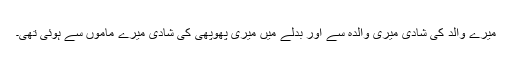
میرے والد کی شادی میری والدہ سے اور بدلے میں میری پھوپھی کی شادی میرے ماموں سے ہوئی تھی۔